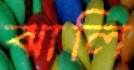
ঝালি